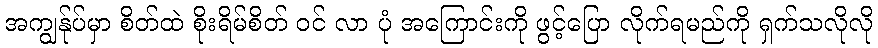
အကျွန်ုပ်မှာ စိတ်ထဲ စိုးရိမ်စိတ် ဝင် လာ ပုံ အကြောင်းကို ဖွင့်ပြော လိုက်ရမည်ကို ရှက်သလိုလို